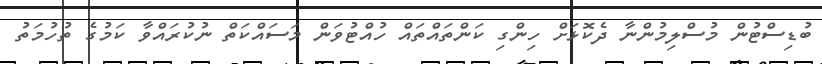
ބުޑިސްޓުން މުސްލިމުންނާ ދެކޮޅަށް ހިންގި ކަންތައްތައް ހުއްޓުވަން މަސައްކަތް ނުކުރައްވާ ކަމުގެ ތުހުމަތު